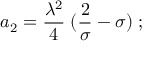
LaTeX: a _ { 2 } = { \frac { \lambda ^ { 2 } } { 4 } } \; ( { \frac { 2 } { \sigma } } - \sigma ) \; ;